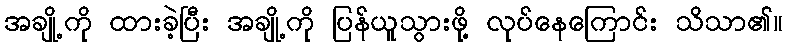
အချို့ကို ထားခဲ့ပြီး အချို့ကို ပြန်ယူသွားဖို့ လုပ်နေကြောင်း သိသာ၏။